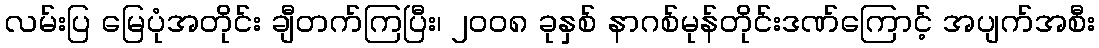
လမ်းပြ မြေပုံအတိုင်း ချီတက်ကြပြီး၊ ၂ဝဝ၈ ခုနှစ် နာဂစ်မုန်တိုင်းဒဏ်ကြောင့် အပျက်အစီး